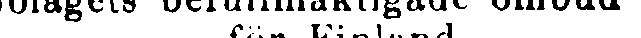
Bolagets befullmäktigade ombud